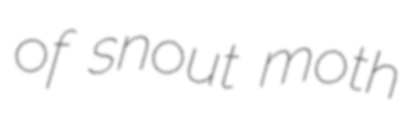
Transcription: of snout moth